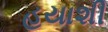
હયાશી